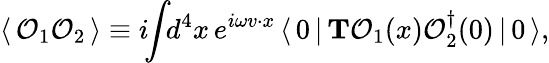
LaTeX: \langle\, {\cal O}_{1}{\cal O}_{2}\, \rangle\equiv i\! \! \int\! \! d^{4}x\, e^{i\omega v\cdot x}\, \langle\, 0\, |\, {\mathbf T}{\cal O}_{1}(x){\cal O}_{2}^{\dagger}(0)\, |\, 0\, \rangle,